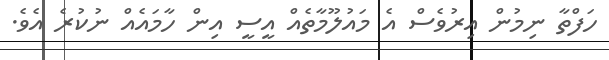
ހަފްތާ ނިމުން އިރުވެސް އެ މައުލޫމާތެއް އީސީ އިން ހާމައެއް ނުކުރެ އެވެ.